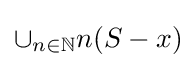
\cup _{n\in \mathbb {N} }n(S-x)